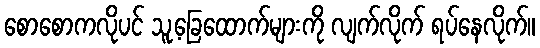
စောစောကလိုပင် သူ့ခြေထောက်များကို လျက်လိုက် ရပ်နေလိုက်။